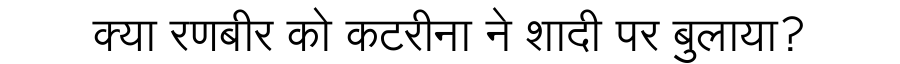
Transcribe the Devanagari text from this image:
क्या रणबीर को कटरीना ने शादी पर बुलाया?